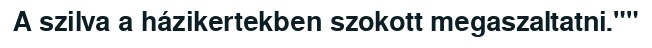
A szilva a házikertekben szokott megaszaltatni.""